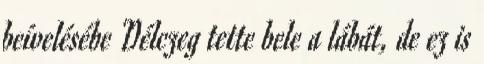
beívelésébe Délczeg tette bele a lábát, de ez is